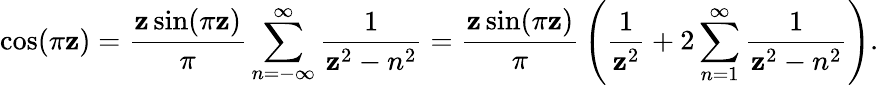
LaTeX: \cos(\pi\mathbf{z})={\frac{{\mathbf{z}\sin(\pi\mathbf{z})}}{{\pi}}}\displaystyle\sum_{n=-\infty}^{\infty}{\frac{{1}}{{\mathbf{z}^{2}-n^{2}}}}={\frac{{\mathbf{z}\sin(\pi\mathbf{z})}}{{\pi}}}\left({\frac{{1}}{{\mathbf{z}^{2}}}}+2\displaystyle\sum_{n=1}^{\infty}{\frac{{1}}{{\mathbf{z}^{2}-n^{2}}}}\right).